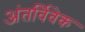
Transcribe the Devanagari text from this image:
अंतर्विवेक